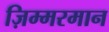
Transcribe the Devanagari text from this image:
ज़िम्मरमान